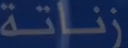
زناتة